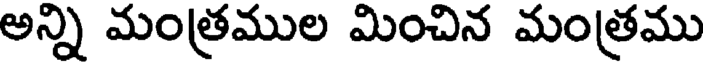
అన్ని మంత్రముల మించిన మంత్రము